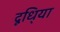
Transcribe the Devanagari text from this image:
दूधि्या